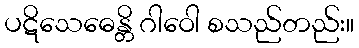
ပဋိသေဓေန္တိ ဂါဝေါ စသည်တည်း။